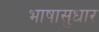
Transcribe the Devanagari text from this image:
भाषासुधार